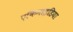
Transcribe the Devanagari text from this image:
एकिनाइडिया